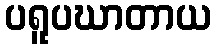
ပရူပဃာတာယ